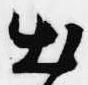
出